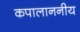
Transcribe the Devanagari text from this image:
कपालाननीय